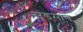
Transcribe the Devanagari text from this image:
सुंडमान